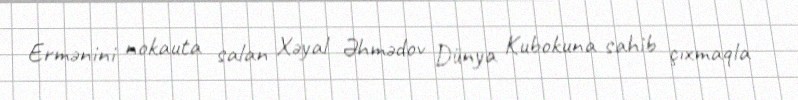
Ermənini nokauta salan Xəyal Əhmədov Dünya Kubokuna sahib çıxmaqla